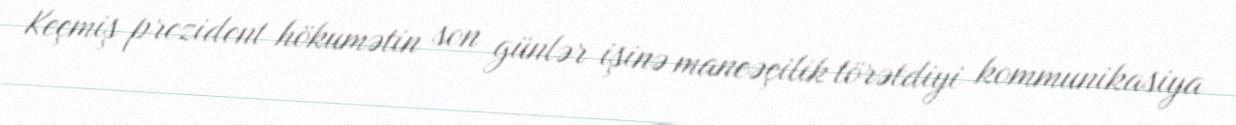
Keçmiş prezident hökumətin son günlər işinə maneəçilik törətdiyi kommunikasiya